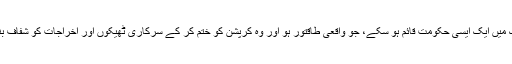
يہ انتخابات اس لئے بھی اہم ہيں تاکہ ملک ميں ايک ايسی حکومت قائم ہو سکے، جو واقعی طاقتور ہو اور وہ کرپشن کو ختم کر کے سرکاری ٹھيکوں اور اخراجات کو شفاف بناتے ہوئے واضح اصول مقرر کر سکے۔